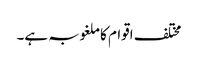
مختلف اقوام کا ملغوبہ ہے۔